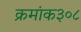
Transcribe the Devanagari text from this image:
क्रमांक३०८